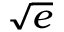
\textstyle { \sqrt { e } }